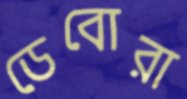
ডেবোরা